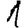
Digit: 1